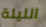
الليلة